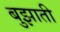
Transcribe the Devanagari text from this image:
बुझाती